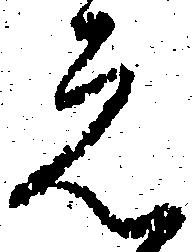
元